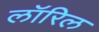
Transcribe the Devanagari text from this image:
लॉरिल